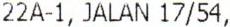
22A-1, JALAN 17/54,